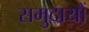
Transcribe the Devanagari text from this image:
समुदायौं